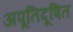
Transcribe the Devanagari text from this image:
अपूतिदूषित